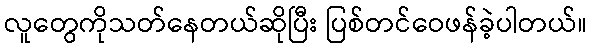
လူတွေကိုသတ်နေတယ်ဆိုပြီး ပြစ်တင်ဝေဖန်ခဲ့ပါတယ်။